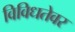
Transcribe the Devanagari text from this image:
विविधतेवर